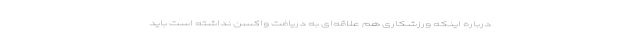
درباره اینکه ورزشکاری هم علاقه‌ای به دریافت واکسن نداشته است باید